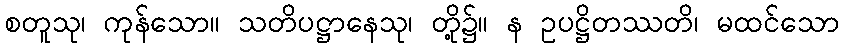
စတူသု၊ ကုန်သော။ သတိပဋ္ဌာနေသု၊ တို့၌။ န ဥပဋ္ဌိတဿတိ၊ မထင်သော